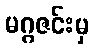
မဂ္ဂဇင်းမှ